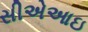
સીએઆઇ